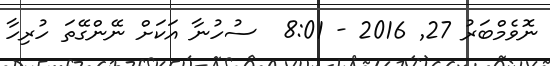
ނޮވެމްބަރު 27